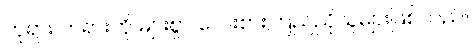
ဘုရား တရားကို များစွာ လေးစားကြည်ညိုသူများဖြစ်သည်။